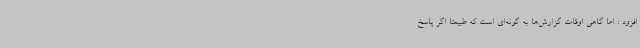
افزود : اما گاهی اوقات گزارش‌ها به گونه‌ای است که طبیعتا اگر پاسخ